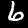
Label: 6